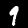
Digit: 9